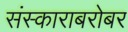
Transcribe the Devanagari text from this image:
संस्काराबरोबर